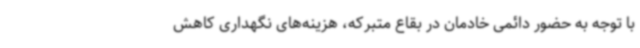
با توجه به حضور دائمی خادمان در بقاع متبرکه، هزینه‌های نگهداری کاهش